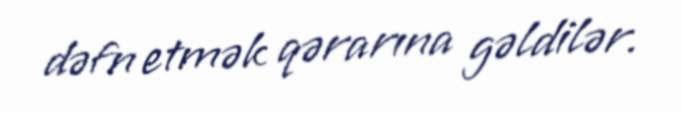
dəfn etmək qərarına gəldilər.